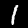
Label: 1